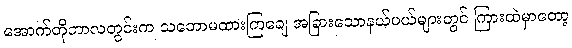
အောက်တိုဘာလတွင်းက သဘောမထားကြချေ အခြားသောနယ်ပယ်များတွင် ကြားထဲမှာတော့